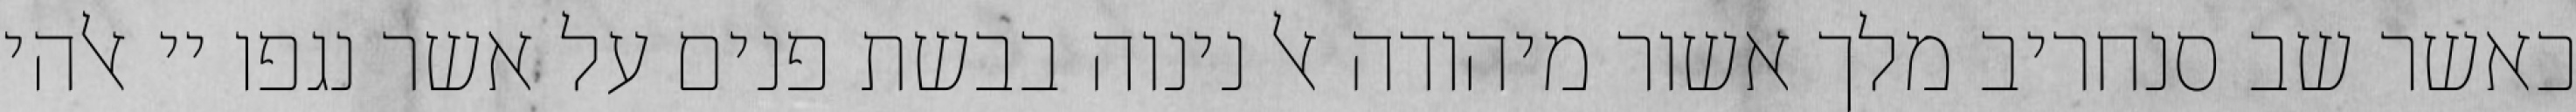
כאשר שב סנחריב מלך אשור מיהודה אל נינוה בבשת פנים על אשר נגפו יי אלהי